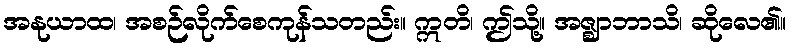
အနုယာထ၊ အစဉ်လိုက်စေကုန်သတည်း။ ဣတိ၊ ဤသို့။ အဇ္ဈာဘာသိ၊ ဆိုလေ၏။